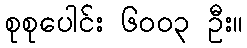
စုစုပေါင်း ၆၀၀၃ ဦး။